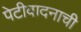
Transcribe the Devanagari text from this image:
पेटीवादनाची